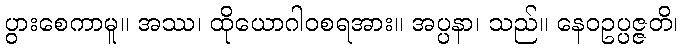
ပွားစေကာမူ။ အဿ၊ ထိုယောဂါဝစရအား။ အပ္ပနာ၊ သည်။ နေဝဥပ္ပဇ္ဇတိ၊